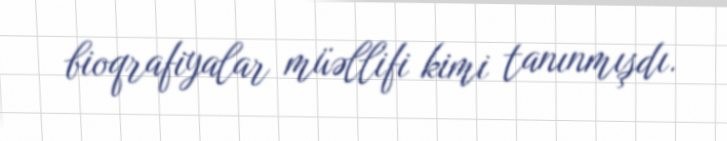
bioqrafiyalar müəllifi kimi tanınmışdı.